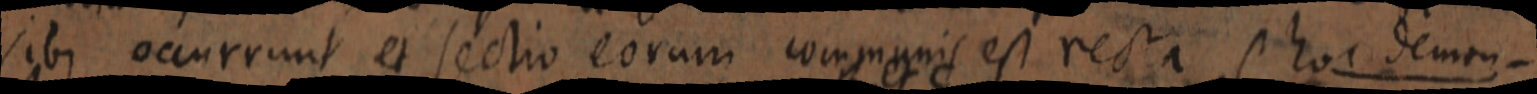
sibi occurrunt et sectio eorum communis est recta hoc demon-